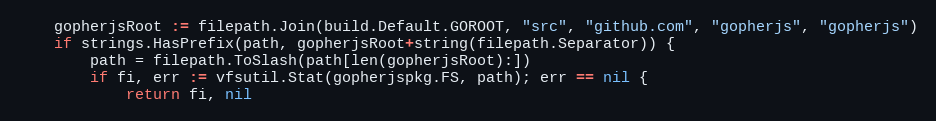
Language: Go
	gopherjsRoot := filepath.Join(build.Default.GOROOT, "src", "github.com", "gopherjs", "gopherjs")
	if strings.HasPrefix(path, gopherjsRoot+string(filepath.Separator)) {
		path = filepath.ToSlash(path[len(gopherjsRoot):])
		if fi, err := vfsutil.Stat(gopherjspkg.FS, path); err == nil {
			return fi, nil